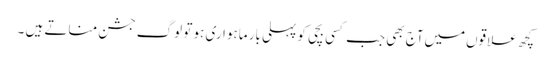
کچھ علاقوں‌میں‌آج بھی جب کسی بچی کو پہلی بار ماہواری ہو تو لوگ جشن مناتے ہیں ۔